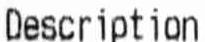
DESCRIPTION